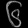
Digit: ၆